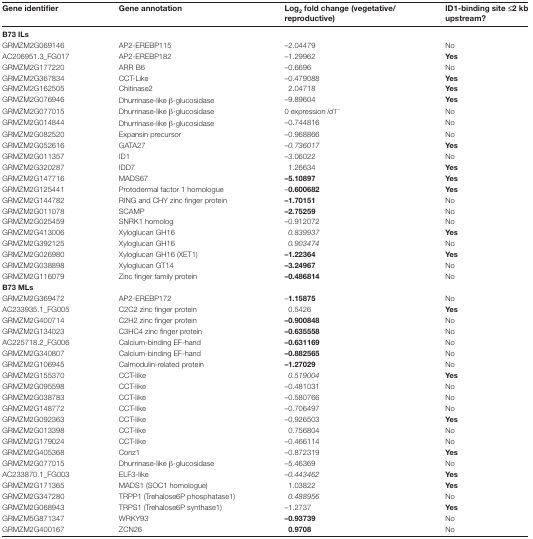
<table><thead><tr><td><b>Gene identifier</b></td><td><b>Gene annotation</b></td><td><b>Log<sub>2</sub> fold change (vegetative/ reproductive)</b></td><td><b>ID1-binding site ≤2 kb upstream?</b></td></tr></thead><tbody><tr><td><b>B73 ILs</b></td><td></td><td></td><td></td></tr><tr><td>GRMZM2G069146</td><td>AP2-EREBP115</td><td>–2.04479</td><td>No</td></tr><tr><td>AC206951.3_FG017</td><td>AP2-EREBP182</td><td>–1.29962</td><td><b>Yes</b></td></tr><tr><td>GRMZM2G177220</td><td>ARR B6</td><td>–0.6696</td><td>No</td></tr><tr><td>GRMZM2G367834</td><td>CCT-Like</td><td>–0.479088</td><td><b>Yes</b></td></tr><tr><td>GRMZM2G162505</td><td>Chitinase2</td><td>2.04718</td><td><b>Yes</b></td></tr><tr><td>GRMZM2G076946</td><td>Dhurrinase-like β-glucosidase</td><td>–9.89604</td><td><b>Yes</b></td></tr><tr><td>GRMZM2G077015</td><td>Dhurrinase-like β-glucosidase</td><td>0 expression <i>id1</i><sup><i>−</i></sup></td><td>No</td></tr><tr><td>GRMZM2G014844</td><td>Dhurrinase-like β-glucosidase</td><td>–0.744816</td><td>No</td></tr><tr><td>GRMZM2G082520</td><td>Expansin precursor</td><td><b><i>–</i></b><i>0.968866</i></td><td>No</td></tr><tr><td>GRMZM2G052616</td><td>GATA27</td><td>–<i>0.736017</i></td><td><b>Yes</b></td></tr><tr><td>GRMZM2G011357</td><td>ID1</td><td>–3.06022</td><td>No</td></tr><tr><td>GRMZM2G320287</td><td>IDD7</td><td>1.26634</td><td><b>Yes</b></td></tr><tr><td>GRMZM2G147716</td><td>MADS67</td><td><b>–5.10897</b></td><td><b>Yes</b></td></tr><tr><td>GRMZM2G125441</td><td>Protodermal factor 1 homologue</td><td>–<b>0.600682</b></td><td><b>Yes</b></td></tr><tr><td>GRMZM2G144782</td><td>RING and CHY zinc finger protein</td><td><b>–1.70151</b></td><td>No</td></tr><tr><td>GRMZM2G011078</td><td>SCAMP</td><td><b>–2.75259</b></td><td>No</td></tr><tr><td>GRMZM2G025459</td><td>SNRK1 homolog</td><td>–0.912072</td><td>No</td></tr><tr><td>GRMZM2G413006</td><td>Xyloglucan GH16</td><td><i>0.839937</i></td><td><b>Yes</b></td></tr><tr><td>GRMZM2G392125</td><td>Xyloglucan GH16</td><td><i>0.903474</i></td><td>No</td></tr><tr><td>GRMZM2G026980</td><td>Xyloglucan GH16 (XET1)</td><td><b>–1.22364</b></td><td><b>Yes</b></td></tr><tr><td>GRMZM2G038898</td><td>Xyloglucan GT14</td><td><b>–3.24967</b></td><td>No</td></tr><tr><td>GRMZM2G116079</td><td>Zinc finger family protein</td><td><b>–0.486814</b></td><td>No</td></tr><tr><td colspan="4"><b>B73 MLs</b></td></tr><tr><td>GRMZM2G369472</td><td>AP2-EREBP172</td><td>–<b>1.15875</b></td><td>No</td></tr><tr><td>AC233935.1_FG005</td><td>C2C2 zinc finger protein</td><td>0.5426</td><td><b>Yes</b></td></tr><tr><td>GRMZM2G400714</td><td>C2H2 zinc finger protein</td><td><b>–0.900848</b></td><td>No</td></tr><tr><td>GRMZM2G134023</td><td>C3HC4 zinc finger protein</td><td><b>–0.635558</b></td><td>No</td></tr><tr><td>AC225718.2_FG006</td><td>Calcium-binding EF-hand</td><td><b>–0.631169</b></td><td>No</td></tr><tr><td>GRMZM2G340807</td><td>Calcium-binding EF-hand</td><td><b>–0.882565</b></td><td>No</td></tr><tr><td>GRMZM2G106945</td><td>Calmodulin-related protein</td><td><b>–1.27029</b></td><td>No</td></tr><tr><td>GRMZM2G155370</td><td>CCT-like</td><td><i>0.519004</i></td><td><b>Yes</b></td></tr><tr><td>GRMZM2G095598</td><td>CCT-like</td><td>–0.481031</td><td>No</td></tr><tr><td>GRMZM2G038783</td><td>CCT-like</td><td>–0.580766</td><td>No</td></tr><tr><td>GRMZM2G148772</td><td>CCT-like</td><td>–0.706497</td><td>No</td></tr><tr><td>GRMZM2G092363</td><td>CCT-like</td><td>–0.926503</td><td><b>Yes</b></td></tr><tr><td>GRMZM2G013398</td><td>CCT-like</td><td>0.756804</td><td>No</td></tr><tr><td>GRMZM2G179024</td><td>CCT-like</td><td>–0.466114</td><td>No</td></tr><tr><td>GRMZM2G405368</td><td>Conz1</td><td>–0.872319</td><td><b>Yes</b></td></tr><tr><td>GRMZM2G077015</td><td>Dhurrinase-like β-glucosidase</td><td>–5.46369</td><td>No</td></tr><tr><td>AC233870.1_FG003</td><td>ELF3-like</td><td>–<i>0.443462</i></td><td><b>Yes</b></td></tr><tr><td>GRMZM2G171365</td><td>MADS1 (SOC1 homologue)</td><td>1.03822</td><td><b>Yes</b></td></tr><tr><td>GRMZM2G347280</td><td>TRPP1 (Trehalose6P phosphatase1)</td><td><i>0.488956</i></td><td>No</td></tr><tr><td>GRMZM2G068943</td><td>TRPS1 (Trehalose6P synthase1)</td><td>–1.2737</td><td><b>Yes</b></td></tr><tr><td>GRMZM5G871347</td><td>WRKY93</td><td><b>–0.93739</b></td><td>No</td></tr><tr><td>GRMZM2G400167</td><td>ZCN26</td><td><b>0.9708</b></td><td>No</td></tr></tbody></table>